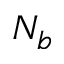
N _ { b }